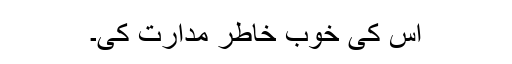
اس کی خوب خاطر مدارت کی۔